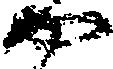
や